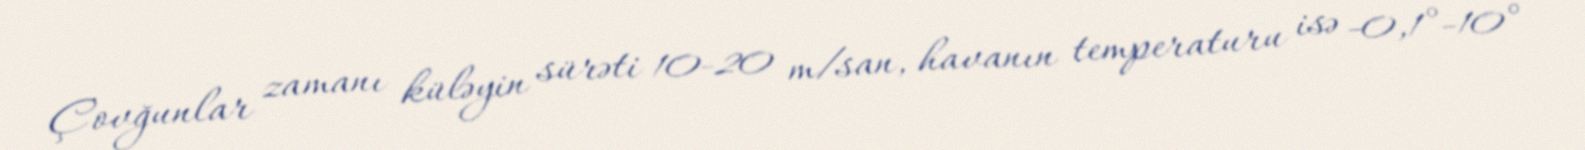
Çovğunlar zamanı küləyin sürəti 10-20 m/san, havanın temperaturu isə -0,1°-10°